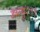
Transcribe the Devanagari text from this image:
डब्ल्यु२११